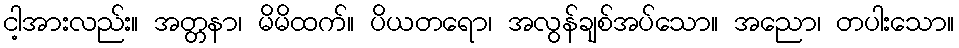
ငါ့အားလည်း။ အတ္တနာ၊ မိမိထက်။ ပိယတရော၊ အလွန်ချစ်အပ်သော။ အညော၊ တပါးသော။